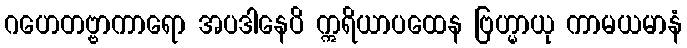
ဂဟေတဗ္ဗာကာရော အပဒါနေပိ ဣရိယာပထေန ဗြဟ္မာယု ကာမယမာနံ